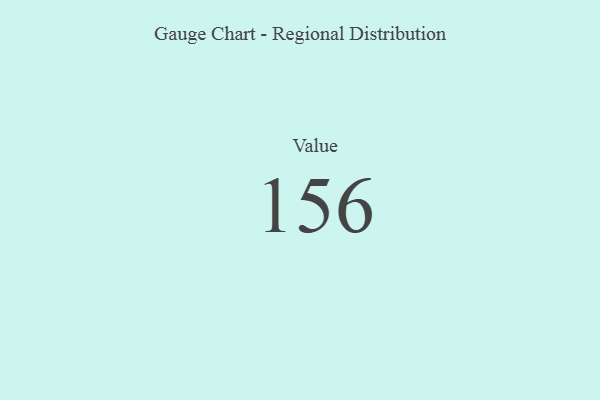
{"axis": {"x": "Metric", "y": "Value"}, "legend": [""], "data": [{"x": "Value", "y": 156, "type": ""}]}